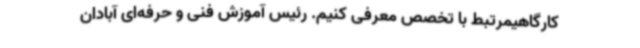
کارگاهیمرتبط با تخصص معرفی کنیم. رئیس آموزش فنی‌ و حرفه‌ای آبادان